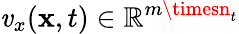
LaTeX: \mathit{v}_{x}(\mathbf{{x}},t)\in\mathbb{{R}}^{m\timesn_{t}}